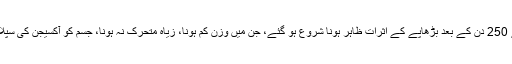
سادہ پانی پینے والے چوہوں میں 200 سے 250 دن کے بعد بڑھاپے کے اثرات ظاہر ہونا شروع ہو گئے، جن میں وزن کم ہونا، زیاہ متحرک نہ ہونا، جسم کو آکسیجن کی سپلائی کم ہو جانا اور بالوں کا جھڑنا شامل تھا۔